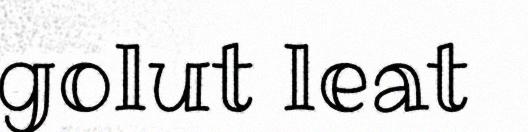
golut leat